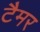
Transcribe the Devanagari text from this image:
टैमर